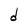
Character: d